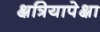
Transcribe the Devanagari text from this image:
क्षत्रियापेक्षा